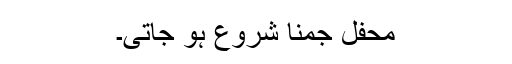
محفل جمنا شروع ہو جاتی۔